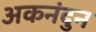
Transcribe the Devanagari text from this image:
अकनंदुन